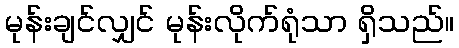
မုန်းချင်လျှင် မုန်းလိုက်ရုံသာ ရှိသည်။